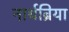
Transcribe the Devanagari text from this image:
नार्थब्रिया